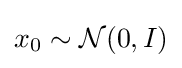
x_{0}\sim {\mathcal {N}}(0,I)